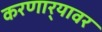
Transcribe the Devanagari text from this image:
करणार्‍यावर